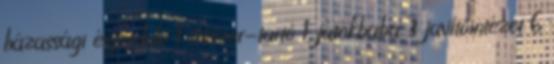
házassági évforduló 1 írószer-tartó 1 játékbaba 3 javítóintézet 6